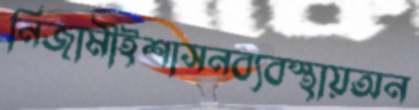
নিজামীইশাসনব্যবস্থায়অন